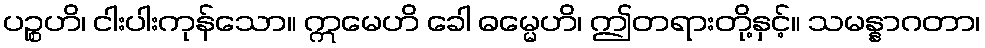
ပဉ္စဟိ၊ ငါးပါးကုန်သော။ ဣမေဟိ ခေါ ဓမ္မေဟိ၊ ဤတရားတို့နှင့်။ သမန္နာဂတာ၊